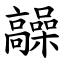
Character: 髞